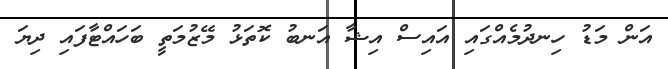
އަން މަޑު ހިނދުމެއްގައި އައިސް އިޝާ އަނބު ކޮތަޅު މޭޒުމަތީ ބަހައްޓާފައި ދިޔަ